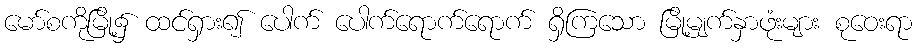
မော်စကိုမြို့၌ ထင်ရှား၍ ပေါက် ပေါက်ရောက်ရောက် ရှိကြသော မြို့မျက်နှာဖုံးများ စုဝေးရာ